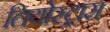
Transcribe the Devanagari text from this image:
लियोस्ट्रास